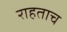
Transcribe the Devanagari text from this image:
राहताच